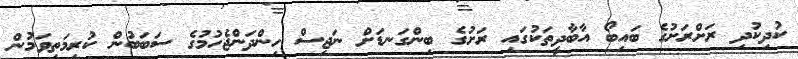
ކުދިކުދި ރަށްރަށުގެ ބައިބޯ އާބާދީތަކުގައި ރަށުގެ ބިންގަނޑަށް ނަޖިސް ހިންދަންޖެހުމުގެ ސަބަބުން ކުރިމަތިވަމުން